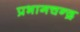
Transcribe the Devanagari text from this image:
प्रभागचन्द्र